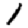
Digit: 1